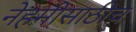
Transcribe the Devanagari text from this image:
नेहमीसाठीच